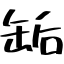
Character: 缿